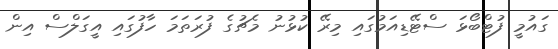
ގައުމީ ފުޓްބޯޅަ ސްޓޭޑިއަމުގައި މިރޭ ކުޅުނު މެޗުގެ ފުރަތަމަ ހާފުގައި އީގަލްސް އިން